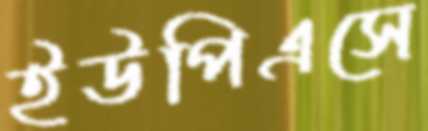
ইউপিএসে